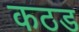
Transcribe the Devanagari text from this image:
कठड